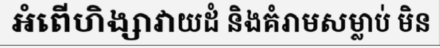
អំពើហិង្សាវាយដំ និងគំរាមសម្លាប់ មិន